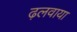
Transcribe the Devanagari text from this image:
ढ़लवाया